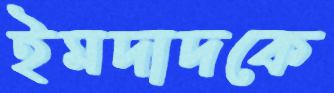
ইমদাদকে